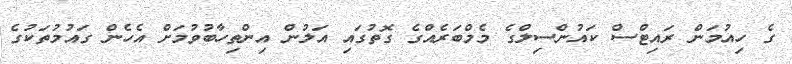
ގެ ހިއުމަން ރައިޓްސް ކައުންސިލްގެ މެމްބަރެއްގެ ގޮތުގައި އަލުން އިންތިހާބުވުމަށް އެހެން ގައުމުތަކުގެ